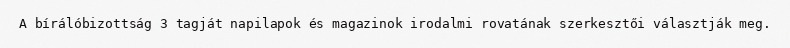
A bírálóbizottság 3 tagját napilapok és magazinok irodalmi rovatának szerkesztői választják meg.